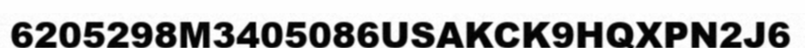
6205298M3405086USAKCK9HQXPN2J6